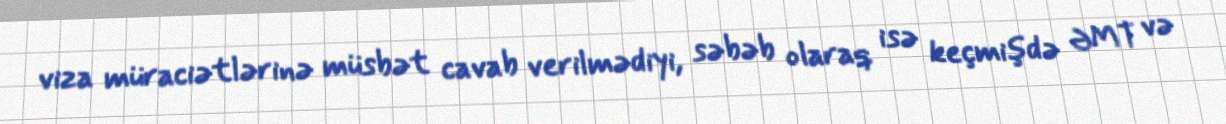
viza müraciətlərinə müsbət cavab verilmədiyi, səbəb olaraq isə keçmişdə ƏMT və